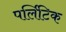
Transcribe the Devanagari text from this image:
पर्लिटिक